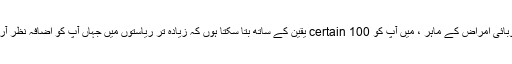
“بطور ڈاکٹر ، سائنس دان ، ایک وبائی امراض کے ماہر ، میں آپ کو 100 certain یقین کے ساتھ بتا سکتا ہوں کہ زیادہ تر ریاستوں میں جہاں آپ کو اضافہ نظر آرہا ہے ، یہ ایک حقیقی اضافہ ہے۔